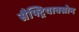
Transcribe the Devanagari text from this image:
सैफ्ट्रियाक्सोन